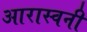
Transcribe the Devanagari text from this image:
आरास्वनी